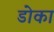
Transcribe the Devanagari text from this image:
डोका